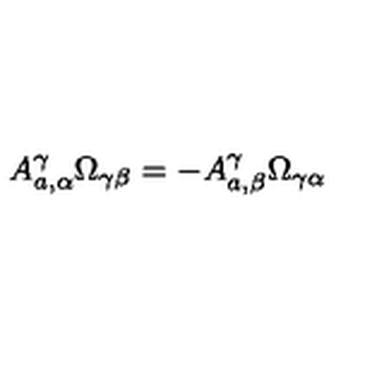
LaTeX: A _ { a , \alpha } ^ { \gamma } \Omega _ { \gamma \beta } = - A _ { a , \beta } ^ { \gamma } \Omega _ { \gamma \alpha }